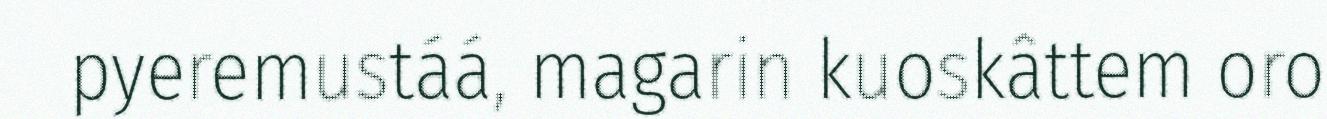
pyeremustáá, magarin kuoskâttem oro